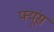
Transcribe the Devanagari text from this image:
फ्यूंस